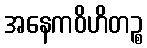
အနေကဝိဟိတဉ္စ